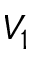
V _ { 1 }